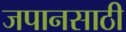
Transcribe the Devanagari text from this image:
जपानसाठी